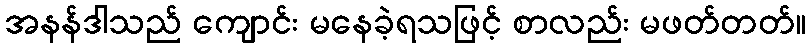
အနန်ဒါသည် ကျောင်း မနေခဲ့ရသဖြင့် စာလည်း မဖတ်တတ်။